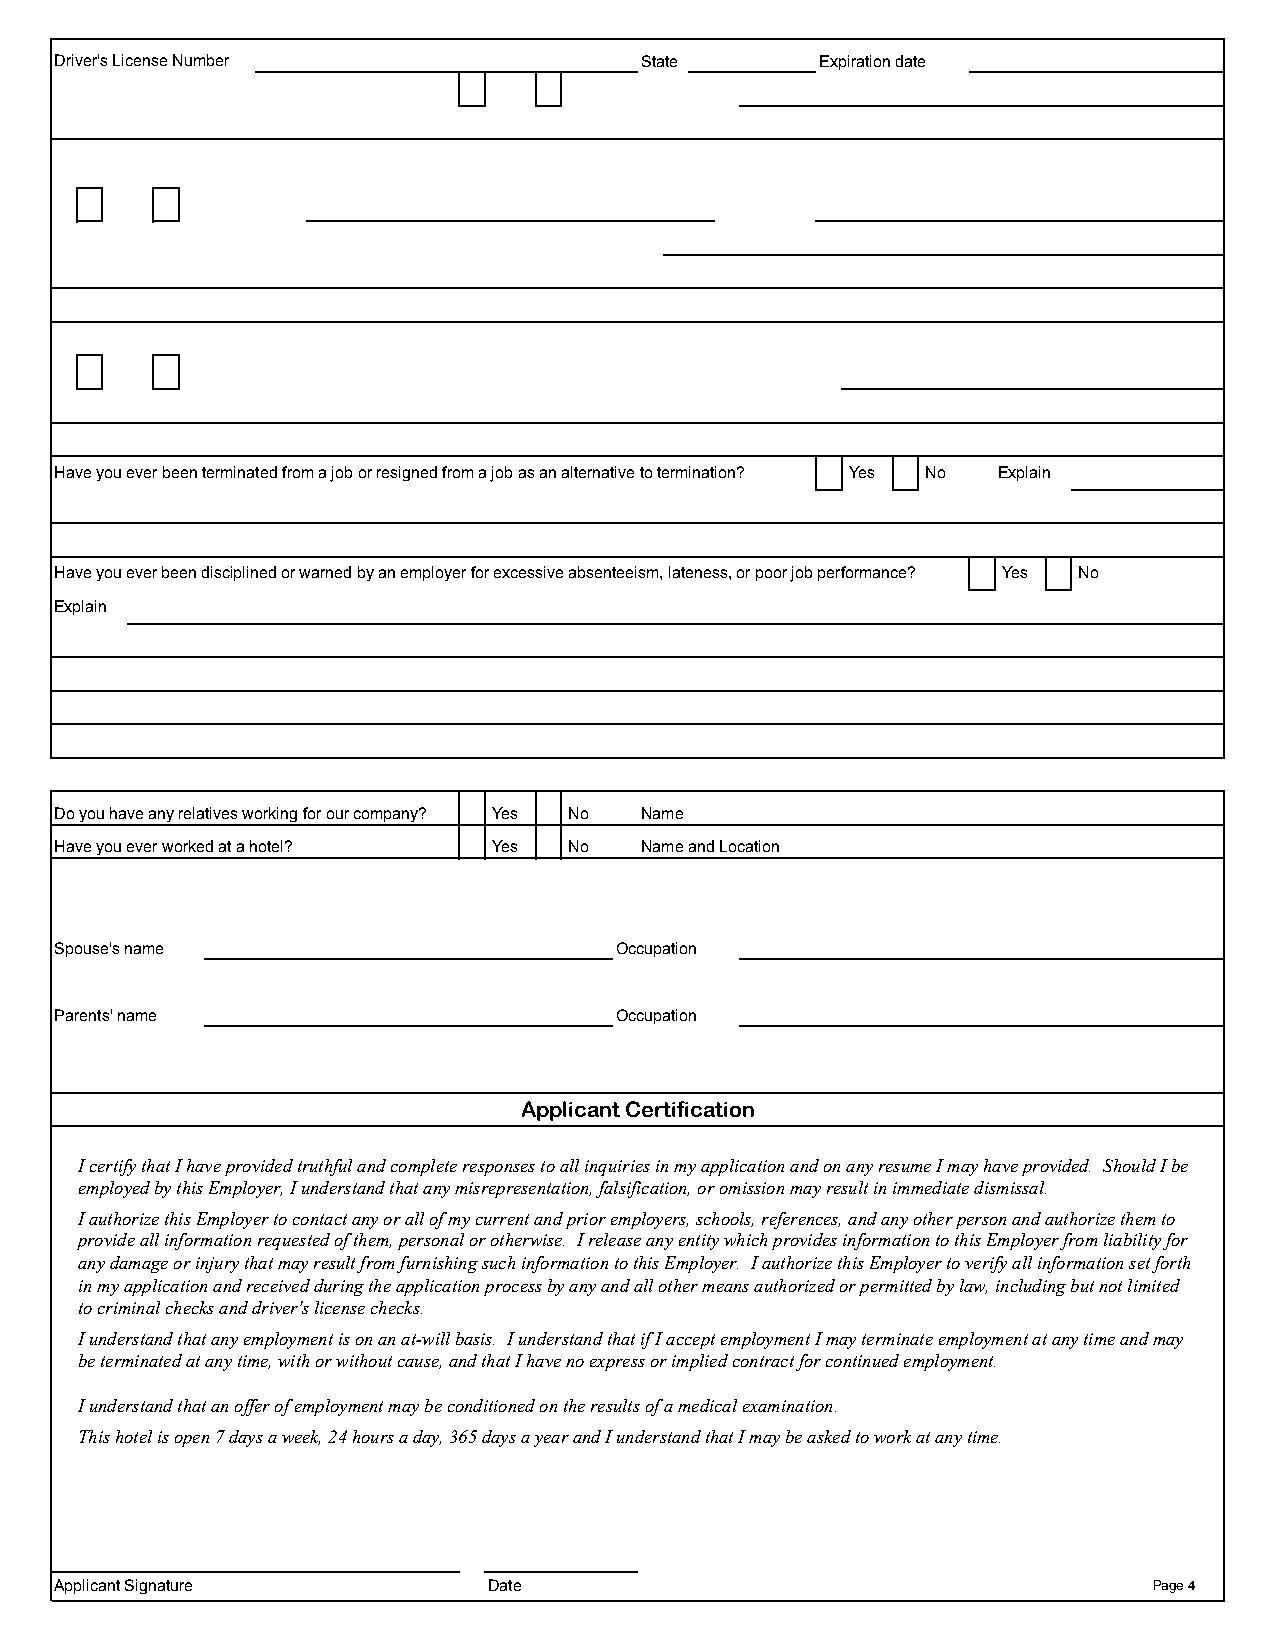
Driver's License Number               State       Expiration date
 Have you ever been terminated from a job or resigned from a job as an alternative to termination? Yes No Explain
 Have you ever been disciplined or warned by an employer for excessive absenteeism, lateness, or poor job performance? Yes No
 Explain
 Do you have any relatives working for our company? Yes No Name
 Have you ever worked at a hotel? Yes No Name and Location
 Spouse's name                        Occupation
 Parents' name                        Occupation
 Applicant Certification
 I certify that I have provided truthful and complete responses to all inquiries in my application and on any resume I may have provided. Should I be
 employed by this Employer, I understand that any misrepresentation, falsification, or omission may result in immediate dismissal.
 I authorize this Employer to contact any or all of my current and prior employers, schools, references, and any other person and authorize them to
 provide all information requested of them, personal or otherwise. I release any entity which provides information to this Employer from liability for
 any damage or injury that may result from furnishing such information to this Employer. I authorize this Employer to verify all information set forth
 in my application and received during the application process by any and all other means authorized or permitted by law, including but not limited
 to criminal checks and driver's license checks.
 I understand that any employment is on an at-will basis. I understand that if I accept employment I may terminate employment at any time and may
 be terminated at any time, with or without cause, and that I have no express or implied contract for continued employment.
 I understand that an offer of employment may be conditioned on the results of a medical examination.
 This hotel is open 7 days a week, 24 hours a day, 365 days a year and I understand that I may be asked to work at any time.
 Applicant Signature         Date                                        Page 4